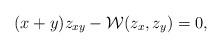
LaTeX: \begin{align*}(x+y)z_{xy} - \mathcal{W}(z_x,z_y) = 0,\end{align*}